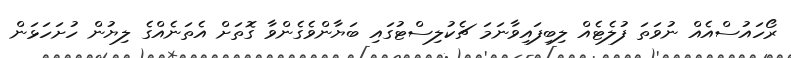
ރޯހައުސްއެއް ނުވަތަ ފުލެޓެއް ލިބިފައިވާނަމަ ޗެކުލިސްޓުގައި ބަޔާންވެގެންވާ ގޮތަށް އެތަނެއްގެ ލިޔުން ހުށަހަޅަން